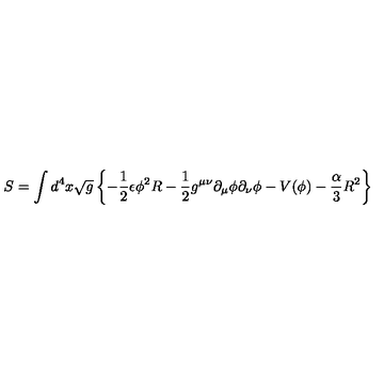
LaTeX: S = \int d ^ { 4 } x \sqrt { g } \left\{ - { \frac { 1 } { 2 } } \epsilon { \phi } ^ { 2 } R - { \frac { 1 } { 2 } } g ^ { \mu \nu } { \partial } _ { \mu } { \phi } { \partial } _ { \nu } { \phi } - V ( \phi ) - { \frac { \alpha } { 3 } } R ^ { 2 } \right\}